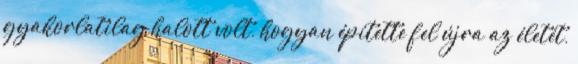
gyakorlatilag halott volt, hogyan építette fel újra az életét,